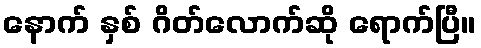
နောက် နှစ် ဂိတ်လောက်ဆို ရောက်ပြီ။